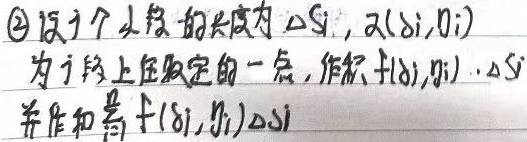
\textcircled{2}设\(i\)个小段的长度为\(\Delta s_{i}\)，\(A(\delta_{i},\eta_{i})\)为\(i\)段上任意取定的一点，作积\(f(\delta_{i},\eta_{i})\cdot\Delta s_{i}\)并作和\(\sum f(\delta_{i},\eta_{i})\Delta s_{i}\)